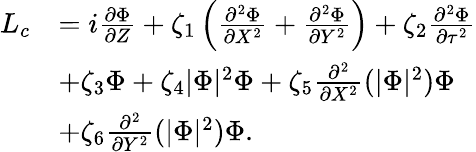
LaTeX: \begin{array}{rl}{{L}_{c}}&{=i\frac{\partial\Phi}{\partial Z}+\zeta_{1}\left(\frac{\partial^{2}\Phi}{\partial X^{2}}+\frac{\partial^{2}\Phi}{\partial Y^{2}}\right)+\zeta_{2}\frac{\partial^{2}\Phi}{\partial\tau^{2}}}\\ &{+\zeta_{3}\Phi+\zeta_{4}|\Phi|^{2}\Phi+\zeta_{5}\frac{\partial^{2}}{\partial X^{2}}(|\Phi|^{2})\Phi}\\ &{+\zeta_{6}\frac{\partial^{2}}{\partial Y^{2}}(|\Phi|^{2})\Phi.}\end{array}